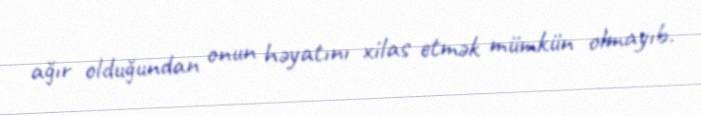
ağır olduğundan onun həyatını xilas etmək mümkün olmayıb.